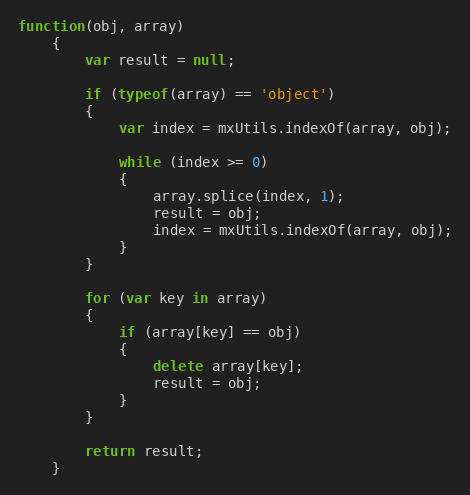
Language: JavaScript
function(obj, array)
	{
		var result = null;

		if (typeof(array) == 'object')
		{
			var index = mxUtils.indexOf(array, obj);

			while (index >= 0)
			{
				array.splice(index, 1);
				result = obj;
				index = mxUtils.indexOf(array, obj);
			}
		}

		for (var key in array)
		{
			if (array[key] == obj)
			{
				delete array[key];
				result = obj;
			}
		}

		return result;
	}